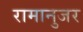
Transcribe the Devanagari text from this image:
रामानुजर